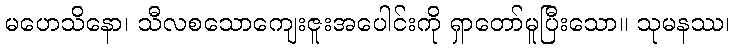
မဟေသိနော၊ သီလစသောကျေးဇူးအပေါင်းကို ရှာတော်မူပြီးသော။ သုမနဿ၊